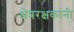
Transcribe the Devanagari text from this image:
क्षेत्ररक्षकांनी